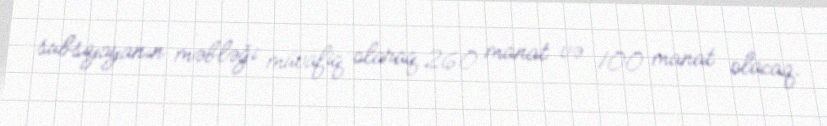
subsiyayanın məbləği müvafiq olaraq 260 manat və 100 manat olacaq.